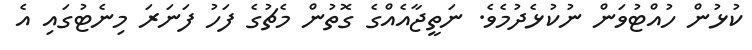
ކުޅުން ހުއްޓުވަން ނުކުޅެދުމެވެ. ނަތީޖާއެއްގެ ގޮތުން މެޗުގެ ފަހު ފަނަރަ މިނެޓުގައި އެ